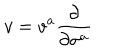
LaTeX: v = v ^ { a } \frac { \partial } { \partial \sigma ^ { a } }